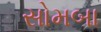
સોમબા